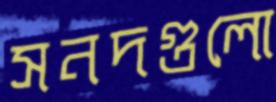
সনদগুলো